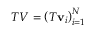
T V = \left( T \mathbf { v } _ { i } \right) _ { i = 1 } ^ { N }